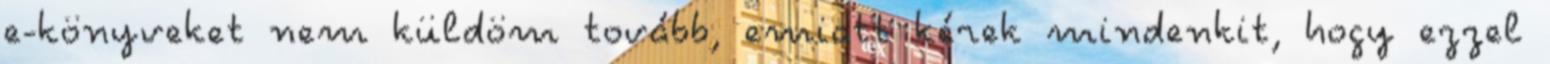
e-könyveket nem küldöm tovább, emiatt kérek mindenkit, hogy ezzel